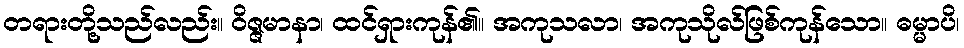
တရားတို့သည်လည်း။ ဝိဇ္ဇမာနာ၊ ထင်ရှားကုန်၏။ အကုသလာ၊ အကုသိုလ်ဖြစ်ကုန်သော။ ဓမ္မာပိ၊